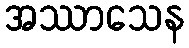
အဿာသေန